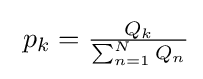
\textstyle \ p_{k}={\frac {Q_{k}}{\sum _{n=1}^{N}Q_{n}}}